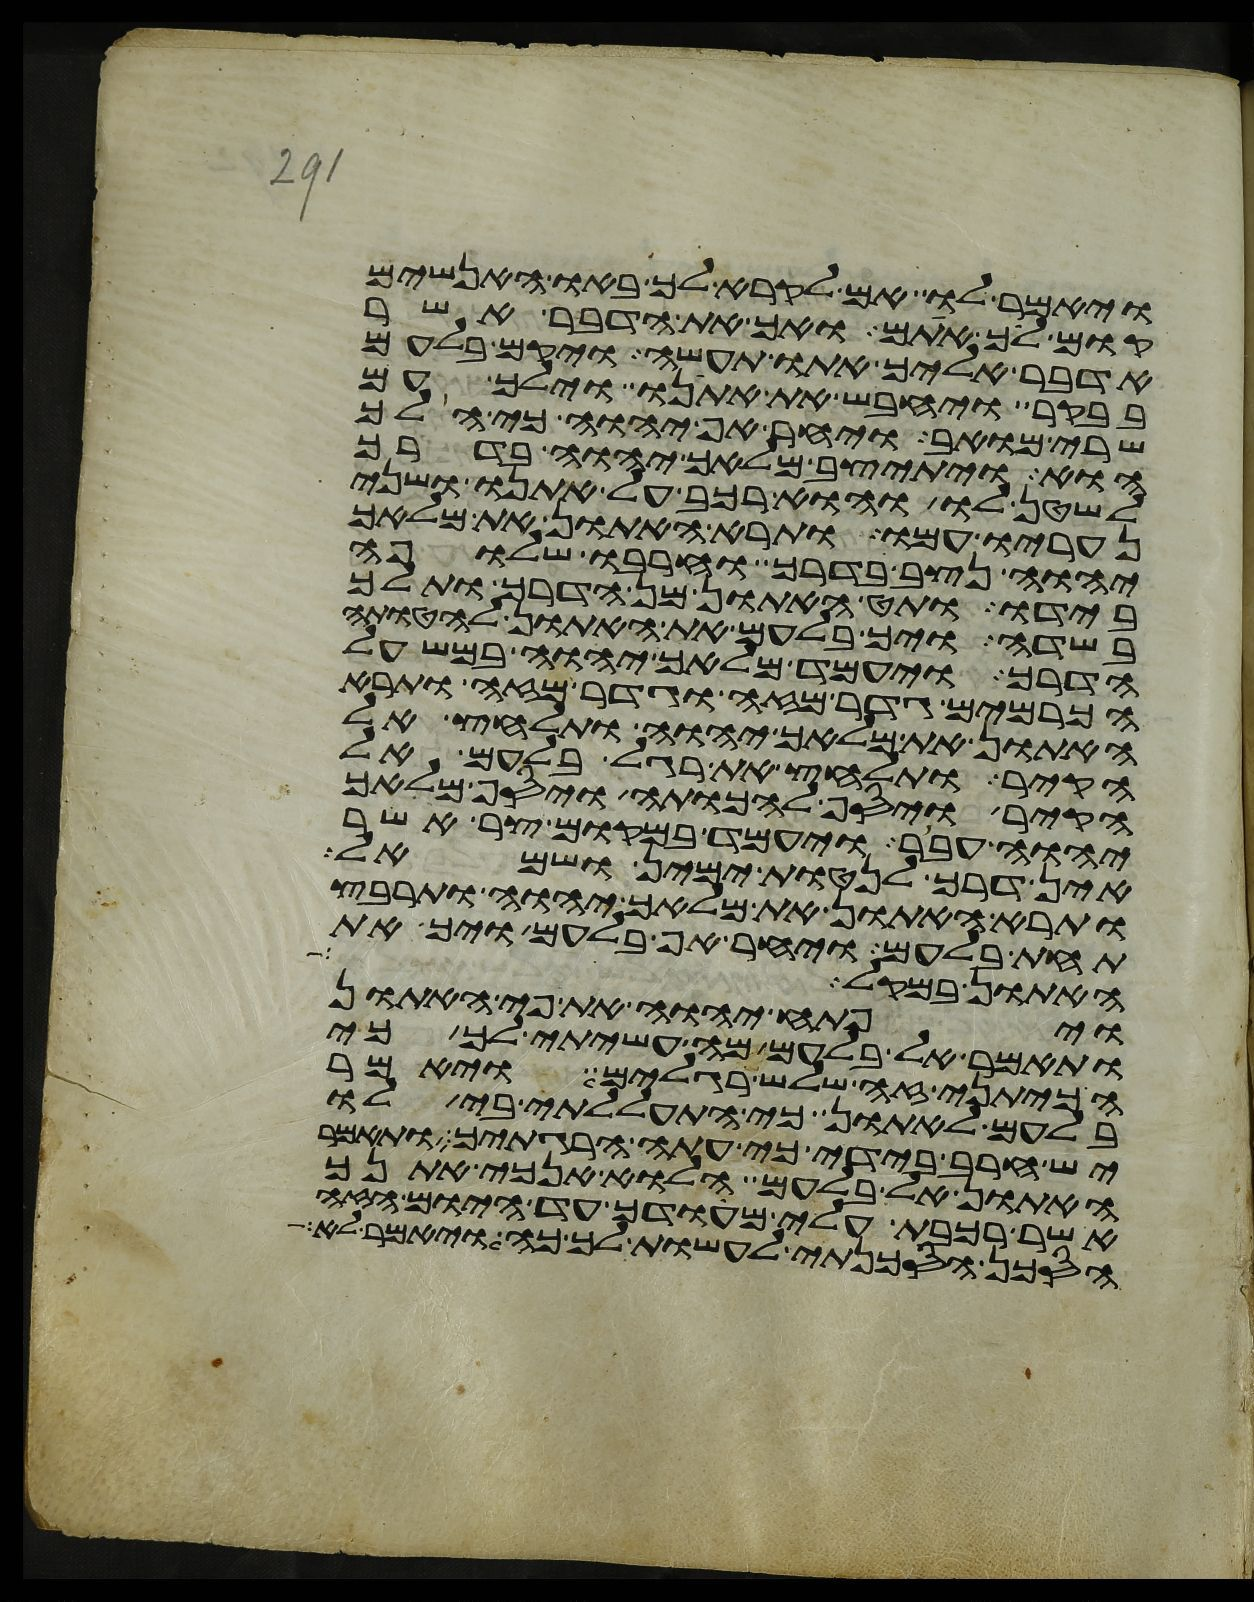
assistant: ויאמר לו אם לקרא לך באו האנשים
קום לך אתם ואך את הדבר אשר
אדבר אליך אתו תעשה ויקם בלעם
בבקר ויחבש את אתנו וילך עם
שרי מואב ויחר אף יהוה כי הלך
הוא ויתיצב מלאך יהוה בדרך
לשטן לו והוא רכב על אתנו ושני
נעריו עמו ותרא האתון את מלאך
יהוה נצב בדרך וחרבו שלופה
בידו ותט האתון מן הדרך ותלך
בשדה ויך בלעם את האתון להטותה
הדרך ויעמד מלאך יהוה במשעל
הכרמים גדר מזה וגדר מזה ותרא
האתון את מלאך יהוה ותלחץ אל
הקיר ותלחץ את רגל בלעם אל
הקיר ויסף להכותה ויסף מלאך
יהוה עבר ויעמד במקום צר אשר
אין דרך לנטות ימין ושמאל
ותרא האתון את מלאך יהוה ותרבץ
תחת בלעם ויחר אף בלעם ויך את
האתון במקל
ויפתח יהוה את פי האתון
ותאמר אל בלעם מה עשיתי לך כי
הכיתני זה שלש רגלים ויאמר
בלעם לאתון כי התעללתי בי לו
יש חרב בידי כי עתה הרגתיך ותאמר
האתון אל בלעם הלוא אנכי אתנך
אשר רכבת עלי מהודך עד היום הזה
הסכן הסכנתי לעשות לך כה ויאמר לא